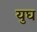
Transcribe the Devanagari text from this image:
युघ